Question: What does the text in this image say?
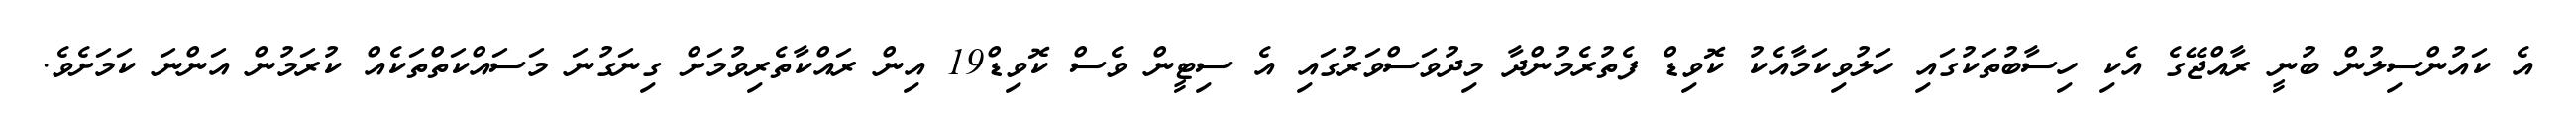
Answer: އެ ކައުންސިލުން ބުނީ ރާއްޖޭގެ އެކި ހިސާބުތަކުގައި ހަލުވިކަމާއެކު ކޮވިޑް ފެތުރެމުންދާ މިދުވަސްވަރުގައި އެ ސިޓީން ވެސް ކޮވިޑް19 އިން ރައްކާތެރިވުމަށް ގިނަގުނަ މަސައްކަތްތަކެއް ކުރަމުން އަންނަ ކަމަށެވެ.